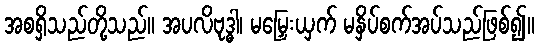
အစရှိသည်တို့သည်။ အပလိဗုဒ္ဓါ၊ မမြှေးယှက် မနှိပ်စက်အပ်သည်ဖြစ်၍။